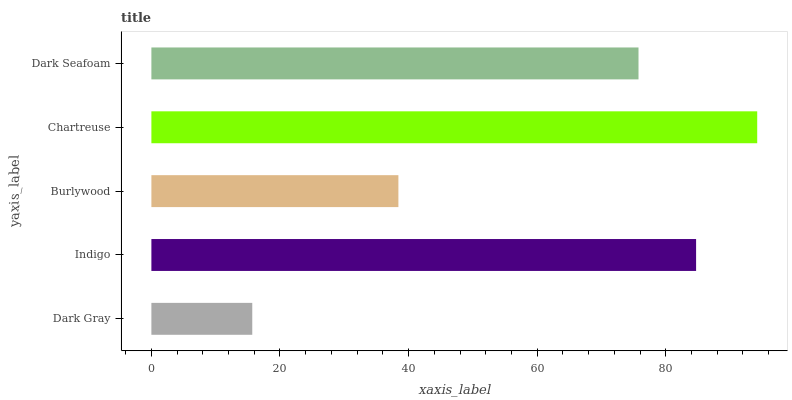
| yaxis_label | bars |
 | --- | --- |
 | Dark Gray | 15.7 |
 | Indigo | 84.7 |
 | Burlywood | 38.4 |
 | Chartreuse | 94.2 |
 | Dark Seafoam | 75.8 |